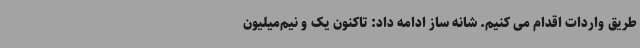
طریق واردات اقدام می کنیم. شانه ساز ادامه داد: تاکنون یک و نیم‌میلیون